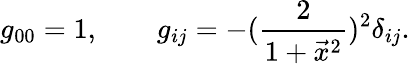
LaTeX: g_{00}=1,\qquad g_{ij}=-({\frac{2}{1+\vec{x}^{2}}})^{2}\delta_{ij}.